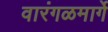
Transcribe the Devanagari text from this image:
वारंगळमार्गे